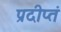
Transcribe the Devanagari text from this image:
प्रदीप्तं